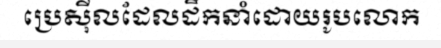
ប្រេស៊ីលដែលដឹកនាំដោយរូបលោក